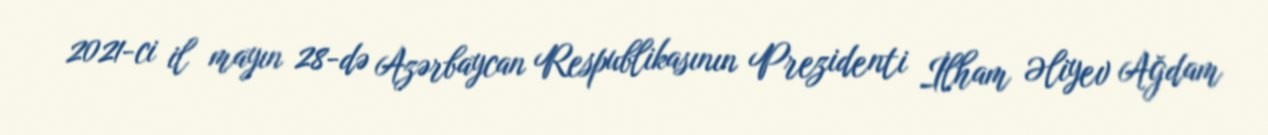
2021-ci il mayın 28-də Azərbaycan Respublikasının Prezidenti İlham Əliyev Ağdam